Veterinary [1916] -
Year: 1916
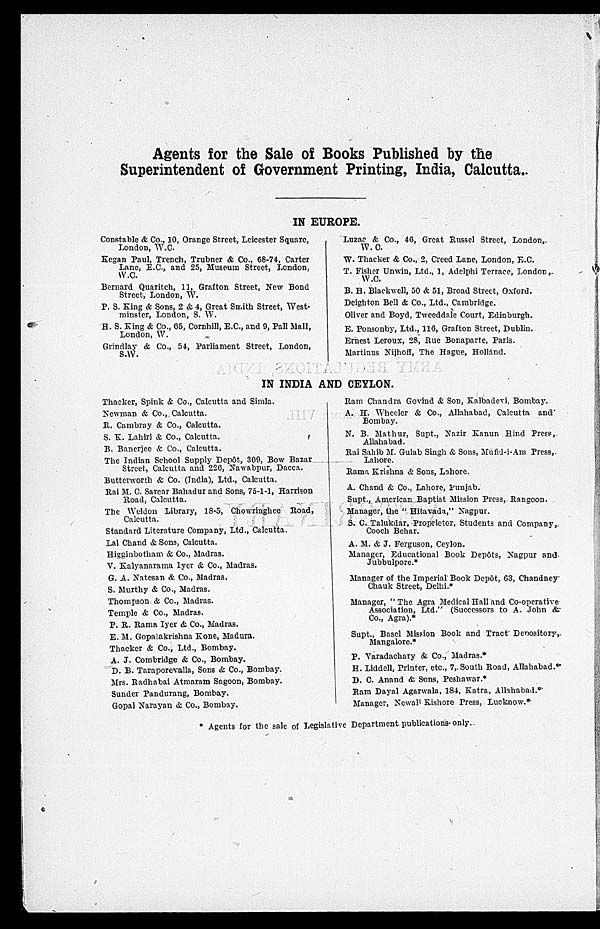
Agents for the Sale of Books Published by the
Superintendent of Government Printing, India, Calcutta.
IN EUROPE.
Constable & Co., 10, Orange Street, Leicester Square,
London, W.C.
Kegan Paul, Trench, Trubner & Co., 68-74, Carter
Lane, E.C., and 25, Museum Street, London,
W.C.
Bernard Quaritch, 11, Grafton Street, New Bond
Street, London, W.
P. S. King & Sons, 2 & 4, Great Smith Street, West-
minster, London, S. W.
H. S. King & Co., 65, Cornhill, E.C., and 9, Pall Mall,
London, W.
Grindlay & Co., 54, Parliament Street, London,
S.W.
Luzac & Co., 46, Great Russel Street, London,
W. C.
W. Thacker & Co., 2, Creed Lane, London, E. C.
T. Fisher Unwin, Ltd., 1, Adelphi Terrace, London,
W.C.
B. H. Blackwell, 50 & 51, Broad Street, Oxford.
Deighton Bell & Co., Ltd., Cambridge.
Oliver and Boyd, Tweeddale Court, Edinburgh.
E. Ponsonby, Ltd., 116, Grafton Street, Dublin.
Ernest Leroux, 28, Rue Bonaparte, Paris.
Martinus Nijhoff, The Hague, Holland.
IN INDIA AND CEYLON.
Thacker, Spink & Co., Calcutta and Simla.
Newman & Co., Calcutta.
R. Cambray & Co., Calcutta.
S. K. Lahiri & Co., Calcutta.
B. Banerjee & Co., Calcutta.
The Indian School Supply Depôt, 309, Bow Bazar
Street, Calcutta and 226, Nawabpur, Dacca.
Butterworth & Co. (India), Ltd., Calcutta.
Rai M. C. Sarcar Bahadur and Sons, 75-1-1, Harrison
Road, Calcutta.
The Weldon Library, 18-5, Chowringhee Road,
Calcutta.
Standard Literature Company, Ltd., Calcutta.
Lal Chand & Sons, Calcutta.
Higginbotham & Co., Madras.
V. Kalyanarama Iyer & Co., Madras.
G. A. Natesan & Co., Madras.
S. Murthy & Co., Madras.
Thompson & Co., Madras.
Temple & Co., Madras.
P. R. Rama Iyer & Co., Madras.
E. M. Gopalakrishna Kone, Madura.
Thacker & Co., Ltd., Bombay.
A. J. Combridge & Co., Bombay.
D. B. Taraporevalla, Sons & Co., Bombay.
Mrs. Radhabai Atmaram Sagoon, Bombay.
Sunder Pandurang, Bombay.
Gopal Narayan & Co., Bombay.
Ram Chandra Govind & Son, Kalbadevi, Bombay.
A. H. Wheeler & Co., Allahabad, Calcutta and
Bombay.
N. B. Mathur, Supt., Nazir Kanun Hind Press,
Allahabad.
Rai Sahib M. Gulab Singh & Sons, Mufid-i-Am Press,
Lahore.
Rama Krishna & Sons, Lahore.
A. Chand & Co., Lahore, Punjab.
Supt., American Baptist Mission Press, Rangoon.
Manager, the " Hitavada," Nagpur.
S. C. Talukdar, Proprietor, Students and Company,
Cooch Behar.
A. M. & J. Ferguson, Ceylon.
Manager, Educational Book Depôts, Nagpur and
Jubbulpore.*
Manager of the Imperial Book Depôt, 63, Chandney
Chauk Street, Delhi.*
Manager, " The Agra Medical Hall and Co-operative
Association, Ltd." (Successors to A. John &
Co., Agra).*
Supt., Basel Mission Book and Tract Depository,
Mangalore.*
P. Varadachary & Co., Madras.*
H. Liddell, Printer, etc., 7, South Road, Allahabad.*
D. C. Anand & Sons, Peshawar.*
Ram Dayal Agarwala, 184, Katra, Allahabad.*
Manager, Newall Kishore Press, Lucknow.*
* Agents for the sale of Legislative Department publications only.